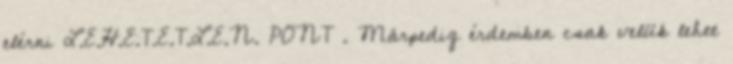
elérni L.E.H.E.T.E.T.L.E.N. PONT . Márpedig érdemben csak velük lehet